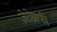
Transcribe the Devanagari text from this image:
ज़ेरोग्राफी